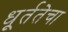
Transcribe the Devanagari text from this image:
धूर्ततेचा